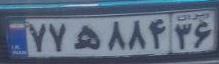
۷۷ه۸۸۴۳۶